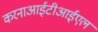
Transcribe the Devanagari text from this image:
करनाआईटीआईएल